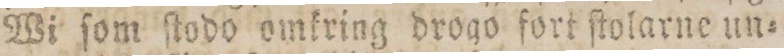
Wi ſom ſtodo omkring drogo fort ſtolarne un=